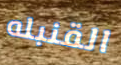
القنبله